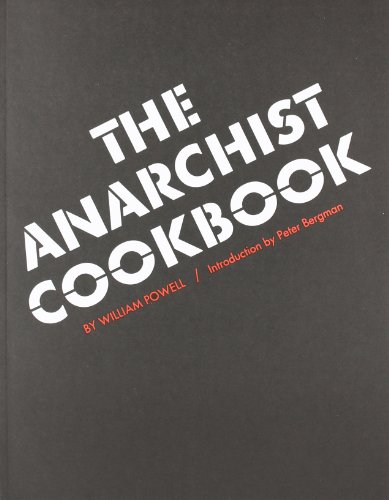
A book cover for The Anarchist Cookbook; William Powell; Science & Math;